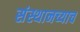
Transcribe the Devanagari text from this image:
संस्थानच्याच